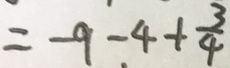
= - 9 - 4 + \frac { 3 } { 4 }